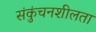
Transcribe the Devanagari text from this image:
संकुंचनशीलता